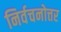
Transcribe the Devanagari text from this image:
निर्वचनोत्तर